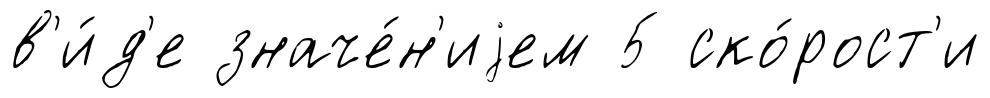
в'и́д'е значе́н'иjем 5 ско́рост'и